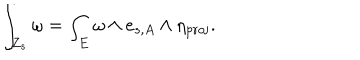
\int _ { Z _ { s } } \omega = \int _ { E } \omega \wedge e _ { s , A } \wedge \eta _ { \mathrm { p r o j } } .